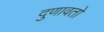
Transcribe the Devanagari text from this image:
दुणावतो